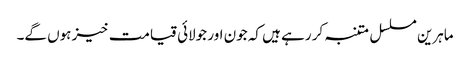
ماہرین مسلسل متنبہ کر رہے ہیں کہ جون اور جولائی قیامت خیز ہوں گے۔